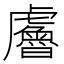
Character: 𧈘